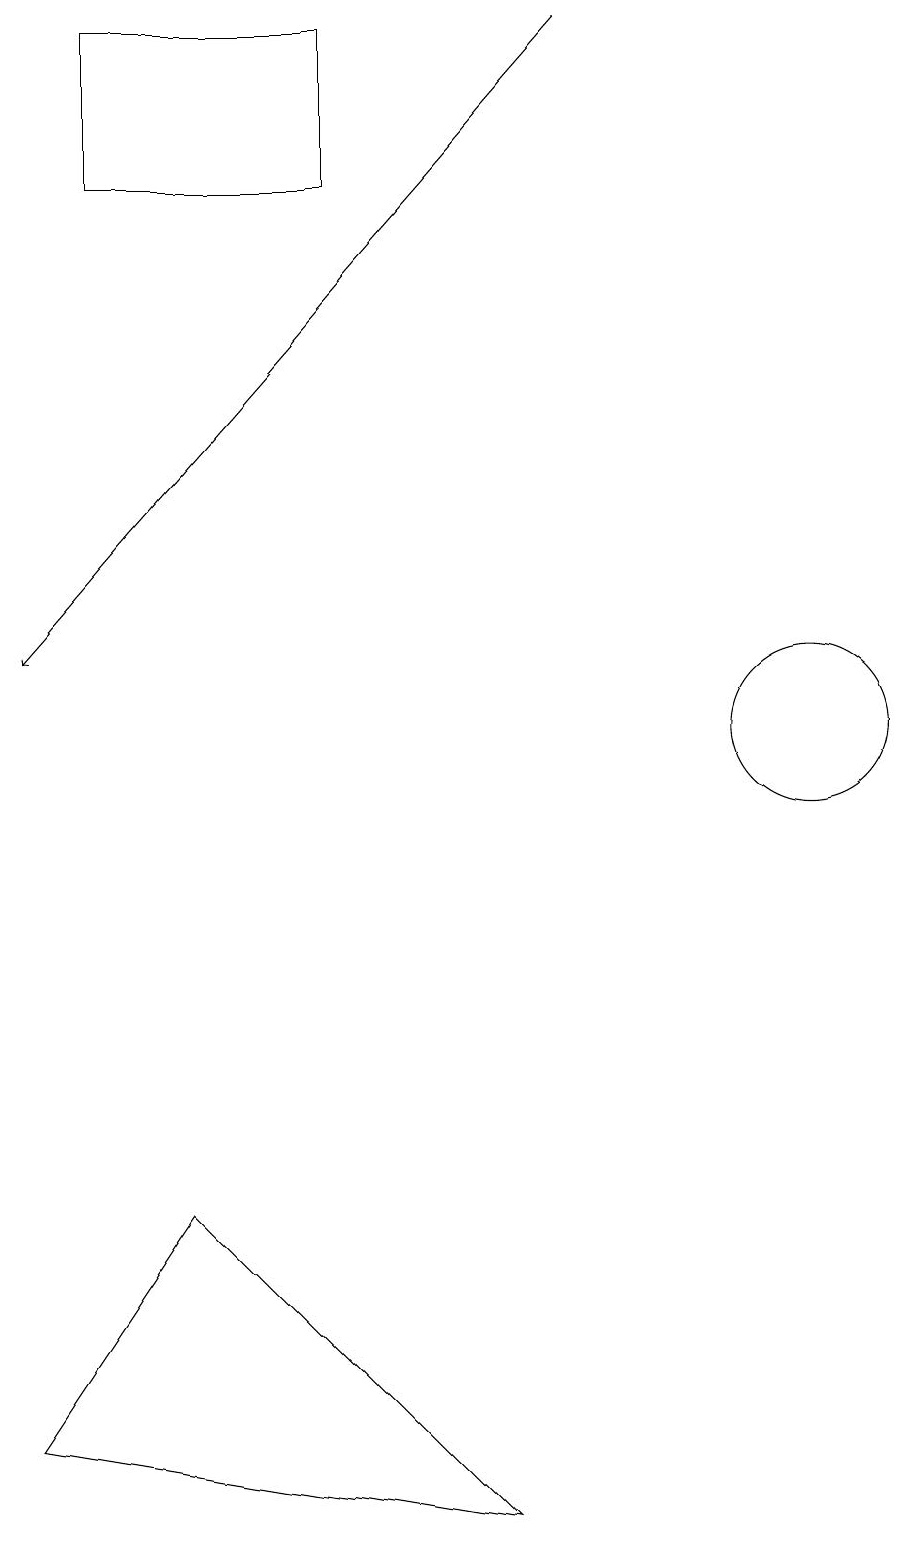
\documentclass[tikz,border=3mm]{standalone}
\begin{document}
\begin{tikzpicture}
\draw (11,10) circle (1);
\draw (2,17) rectangle (5,19);
\draw[->] (8,19) -- (1,11);
\draw (7,0) -- (1,1) -- (3,4) -- cycle;
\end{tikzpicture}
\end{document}